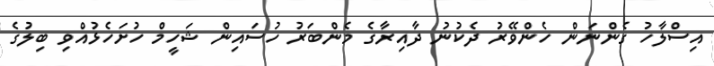
އިސްލާހު ގެންނަން ހެންވޭރު ދެކުނު ދާއިރާގެ މެންބަރު ހުސައިން ޝަހީމް ހުށަހެޅުއްވި ބިލުގެ